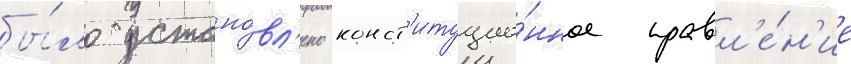
бы́ло устано́вл'ено конст'итуцио́нное правл'е́н'ие